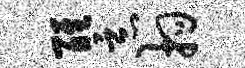
醒恶拘